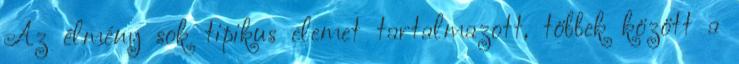
Az élmény sok tipikus elemet tartalmazott, többek között a